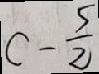
c - \frac { 5 } { 2 }